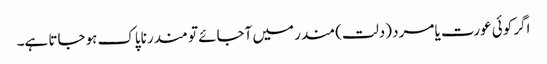
اگر کوئی عورت یا مرد (دلت) مندر میں آجائے تو مندر ناپاک ہوجاتا ہے۔